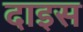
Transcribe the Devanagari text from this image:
दाइस